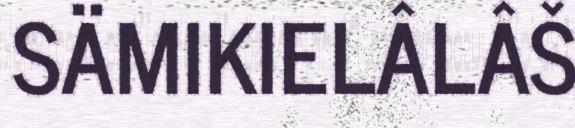
SÄMIKIELÂLÂŠ